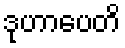
ဒုဟာပေတိ